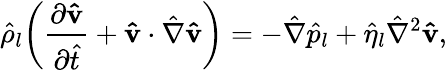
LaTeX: \hat{\rho}_{l}\bigg(\frac{\partial\mathbf{\hat{v}}}{\partial\hat{t}}+\mathbf{\hat{v}}\cdot\hat{\nabla}\mathbf{\hat{v}}\bigg)=-\hat{\nabla}\hat{p}_{l}+\hat{\eta}_{l}\hat{\nabla}^{2}\mathbf{\hat{v}},